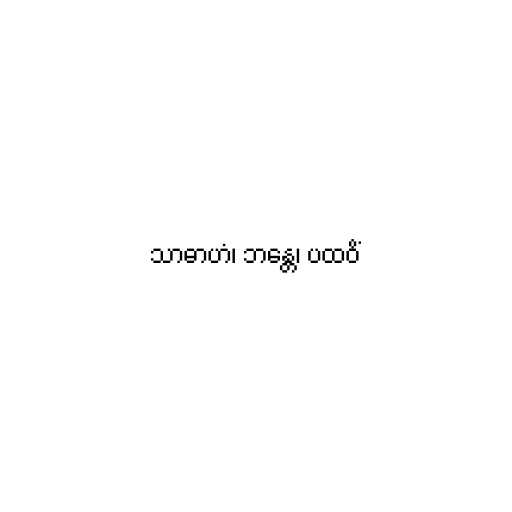
သာဓာဟံ၊ ဘန္တေ၊ ပထဝိံ